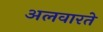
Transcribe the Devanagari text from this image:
अलवारते